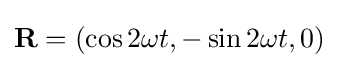
\mathbf {R} =\left(\cos {2\omega t},-\sin {2\omega t},0\right)